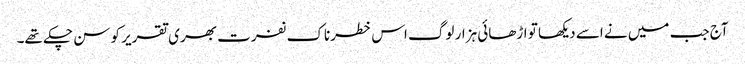
آج جب میں نے اسے دیکھا تو اڑھائی ہزار لوگ اس خطرناک نفرت بھری تقریر کو سن چکے تھے۔